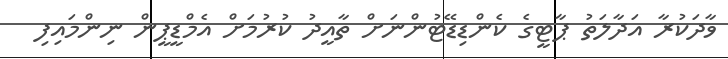
ވާދަކުރާ އަދާލަތު ޕާޓީގެ ކެންޑިޑޭޓުންނަށް ތާއީދު ކުރުމަށް އެމްޑީޕީން ނިންމައިފި